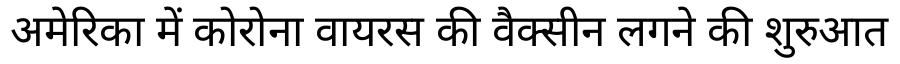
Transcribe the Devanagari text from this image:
अमेरिका में कोरोना वायरस की वैक्सीन लगने की शुरुआत